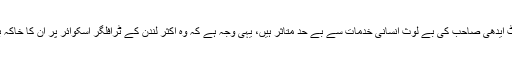
لندن کے ڈینیئل سوان نامی اسٹریٹ آرٹسٹ ایدھی صاحب کی بے لوث انسانی خدمات سے بے حد متاثر ہیں، یہی وجہ ہے کہ وہ اکثر لندن کے ٹرافلگر اسکوائر پر ان کا خاکہ بنا کر انہیں خراج عقیدت پیش کرتے ہیں۔